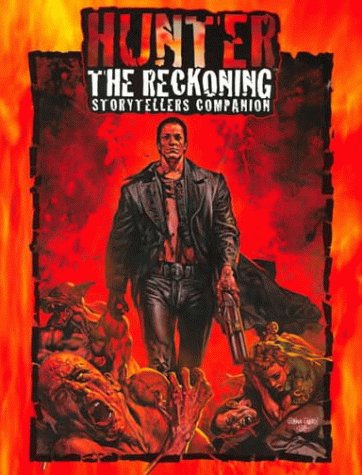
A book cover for Hunter Storytellers Companion/Screen (Hunter the Reckoning RPG); Kraig Blackwelde; Science Fiction & Fantasy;